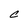
Character: c